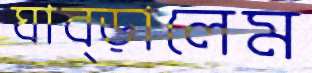
ঘাব্‌ড়ালেম